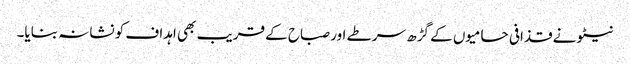
نیٹو نے قذافی حامیوں کے گڑھ سرطے اور صباح کے قریب بھی اہداف کو نشانہ بنایا۔